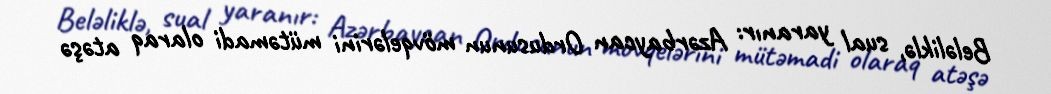
Beləliklə, sual yaranır: Azərbaycan Ordusunun mövqelərini mütəmadi olaraq atəşə